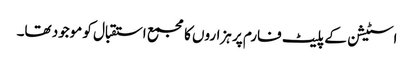
اسٹیشن کے پلیٹ فارم پر ہزاروں کا مجمع استقبال کو موجود تھا۔